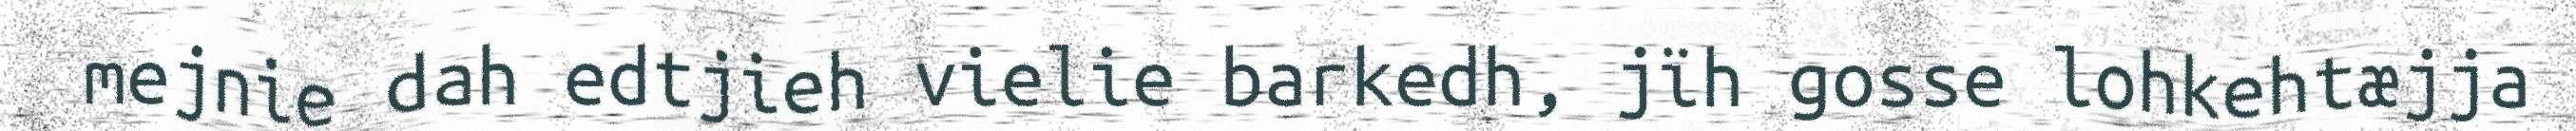
mejnie dah edtjieh vielie barkedh, jïh gosse lohkehtæjja